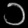
Digit: ၁